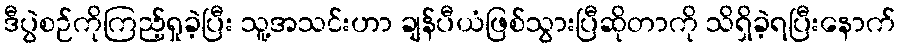
ဒီပွဲစဉ်ကိုကြည့်ရှုခဲ့ပြီး သူ့အသင်းဟာ ချန်ပီယံဖြစ်သွားပြီဆိုတာကို သိရှိခဲ့ရပြီးနောက်